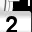
Digit: 2